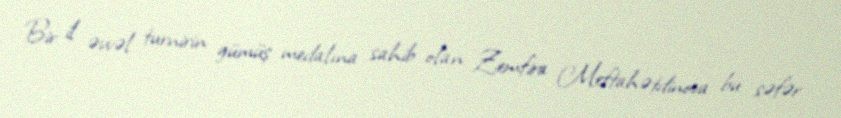
Bir il əvvəl turnirin gümüş medalına sahib olan Zemfira Meftahətdinova bu səfər